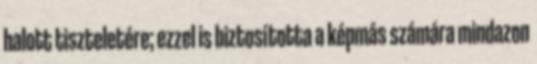
halott tiszteletére; ezzel is biztosította a képmás számára mindazon